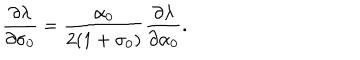
\frac { \partial \lambda } { \partial \sigma _ { 0 } } = \frac { \alpha _ { 0 } } { 2 ( 1 + \sigma _ { 0 } ) } \frac { \partial \lambda } { \partial \alpha _ { 0 } } .